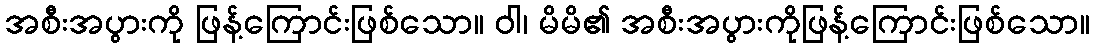
အစီးအပွားကို ဖြန့်ကြောင်းဖြစ်သော။ ဝါ၊ မိမိ၏ အစီးအပွားကိုဖြန့်ကြောင်းဖြစ်သော။